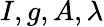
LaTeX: I,g,A,\lambda